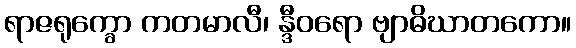
ရာဇရုက္ခော ကတမာလီ၊ န္ဒီဝရော ဗျာဓိဃာတကော။